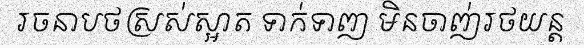
រចនាបថស្រស់ស្អាត ទាក់ទាញ មិនចាញ់រថយន្ត